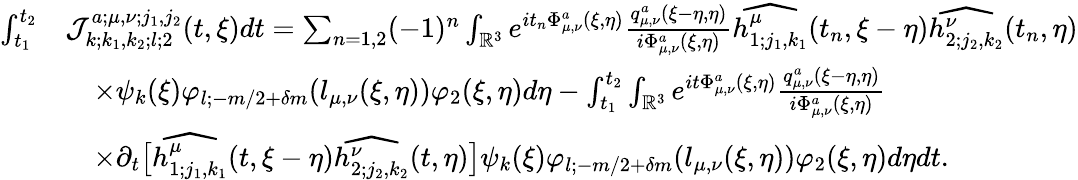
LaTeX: \begin{array}{rl}{\int_{t_{1}}^{t_{2}}}&{\mathcal{J}_{k;k_{1},k_{2};l;2}^{a;\mu,\nu;j_{1},j_{2}}(t,\xi)dt=\sum_{n=1,2}(-1)^{n}\int_{\mathbb{R}^{3}}e^{it_{n}\Phi_{\mu,\nu}^{a}(\xi,\eta)}\frac{q_{\mu,\nu}^{a}(\xi-\eta,\eta)}{i\Phi_{\mu,\nu}^{a}(\xi,\eta)}\widehat{h_{1;j_{1},k_{1}}^{\mu}}(t_{n},\xi-\eta)\widehat{h_{2;j_{2},k_{2}}^{\nu}}(t_{n},\eta)}\\ &{\quad\times\psi_{k}(\xi)\varphi_{l;-m/2+\delta m}(l_{\mu,\nu}(\xi,\eta))\varphi_{2}(\xi,\eta)d\eta-\int_{t_{1}}^{t_{2}}\int_{\mathbb{R}^{3}}e^{it\Phi_{\mu,\nu}^{a}(\xi,\eta)}\frac{q_{\mu,\nu}^{a}(\xi-\eta,\eta)}{i\Phi_{\mu,\nu}^{a}(\xi,\eta)}}\\ &{\quad\times\partial_{t}\big[\widehat{h_{1;j_{1},k_{1}}^{\mu}}(t,\xi-\eta)\widehat{h_{2;j_{2},k_{2}}^{\nu}}(t,\eta)\big]\psi_{k}(\xi)\varphi_{l;-m/2+\delta m}(l_{\mu,\nu}(\xi,\eta))\varphi_{2}(\xi,\eta)d\eta dt.}\end{array}